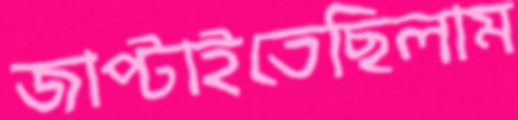
জাপ্‌টাইতেছিলাম